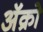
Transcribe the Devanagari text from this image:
अॅक्रो